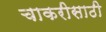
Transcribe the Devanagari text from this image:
चाकरीसाठी